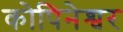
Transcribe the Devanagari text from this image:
कोपिनेश्वर